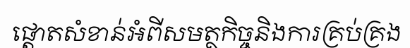
ផ្តោតសំខាន់អំពីសមត្ថកិច្ចនិងការគ្រប់គ្រង